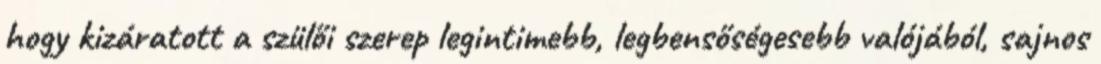
hogy kizáratott a szülői szerep legintimebb, legbensőségesebb valójából, sajnos